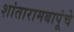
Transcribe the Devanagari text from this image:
शांतारामबापूंचे